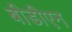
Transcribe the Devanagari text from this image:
बीडीएन